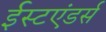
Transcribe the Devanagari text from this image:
ईस्टएंडर्स